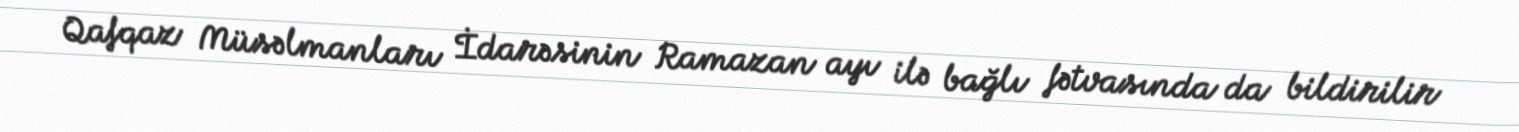
Qafqaz Müsəlmanları İdarəsinin Ramazan ayı ilə bağlı fətvasında da bildirilir